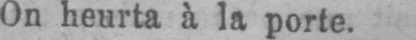
On heurta à la porte.